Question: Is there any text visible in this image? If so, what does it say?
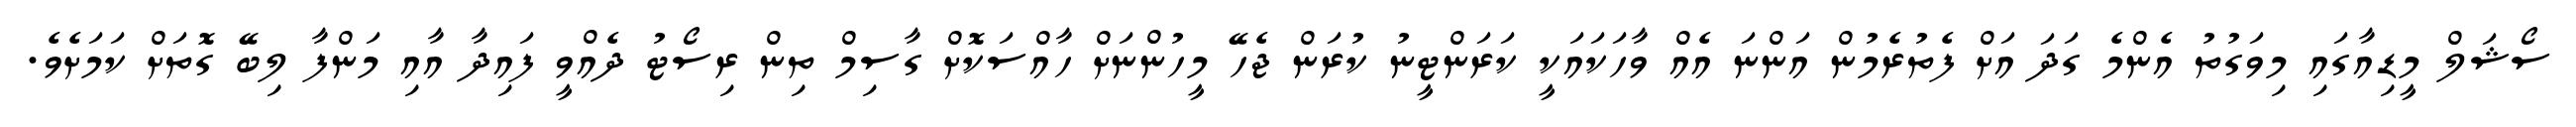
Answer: ސޯޝަލް މީޑިއާގައި މިވަގުތު އެންމެ ގަދަ އަށް ފެތުރެމުން އަންނަ އެއް ވާހަކައަކީ ކަރަންޓީނު ކުރަން ޖެހޭ މީހުންނަށް ހާއްސަކޮށް ގާސިމް ތިން ރިސޯޓު ދެއްވީ ފައިދާ އާއި މަންފާ ލިބޭ ގޮތަށް ކަމަށެވެ.